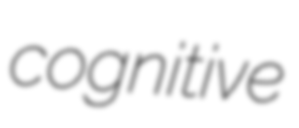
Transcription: cognitive